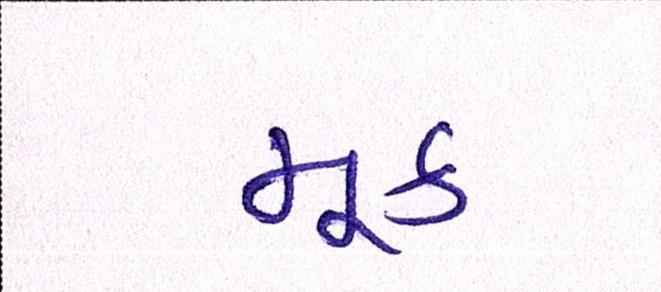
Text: મૂક